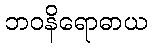
ဘဝနိရောဓာယ